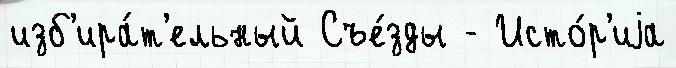
изб'ира́т'ельный Съе́зды - Исто́р'иjа